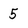
Character: 5